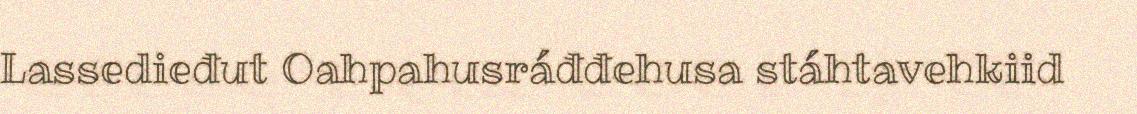
Lassedieđut Oahpahusráđđehusa stáhtavehkiid